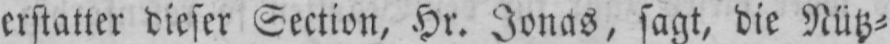
erstatter dieser Section, Hr. Jonas, sagt, die Nütz⸗